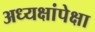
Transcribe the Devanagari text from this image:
अध्यक्षांपेक्षा